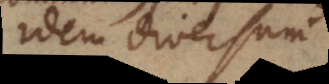
idem, diversum.